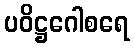
ပဝိဋ္ဌဂေါစရေ